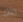
تلك